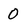
Character: 0